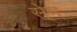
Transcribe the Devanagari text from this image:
से्म